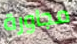
مجاورة